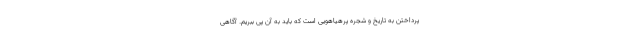
پرداختن به تاریخ و شجره پرهیاهویی است که باید به آن پی ببریم. آگاهی